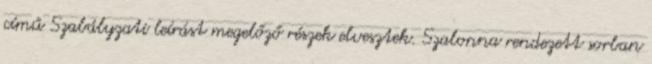
című Szabályzati leírást megelőző részek elvesztek. Szalonna rendezett sorban